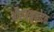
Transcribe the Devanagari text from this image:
औरअनुमोदक